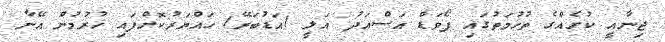
ޖިނާއީ ކުށެއްގެ ތުހުމަތުގައި ފޯވަޑް އަސްއަދު އަލީ (އަޑުބަރޭ) ހައްޔަރުކޮށްފައި ހުރުމުން އޭނާ